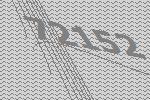
72152